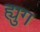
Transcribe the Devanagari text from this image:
ह्युग